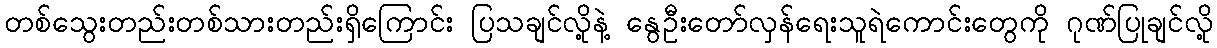
တစ်သွေးတည်းတစ်သားတည်းရှိကြောင်း ပြသချင်လို့နဲ့ နွေဦးတော်လှန်ရေးသူရဲကောင်းတွေကို ဂုဏ်ပြုချင်လို့